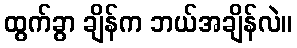
ထွက်ခွာ ချိန်က ဘယ်အချိန်လဲ။